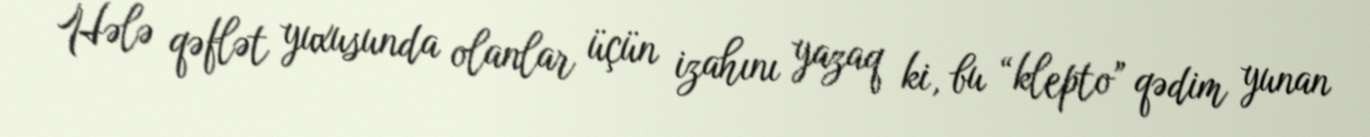
Hələ qəflət yuxusunda olanlar üçün izahını yazaq ki, bu “klepto” qədim yunan